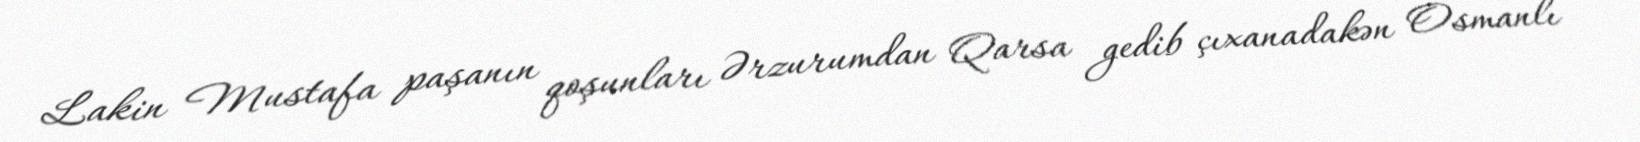
Lakin Mustafa paşanın qoşunları Ərzurumdan Qarsa gedib çıxanadakən Osmanlı